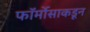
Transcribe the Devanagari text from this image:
फॉर्मोसाकडून